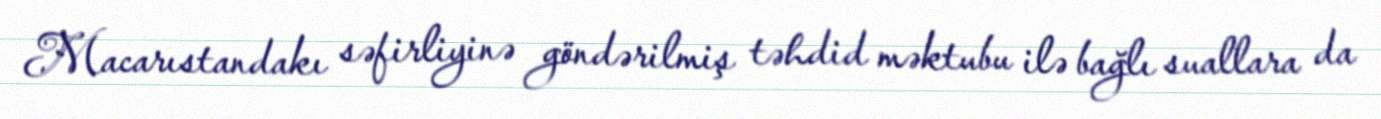
Macarıstandakı səfirliyinə göndərilmiş təhdid məktubu ilə bağlı suallara da